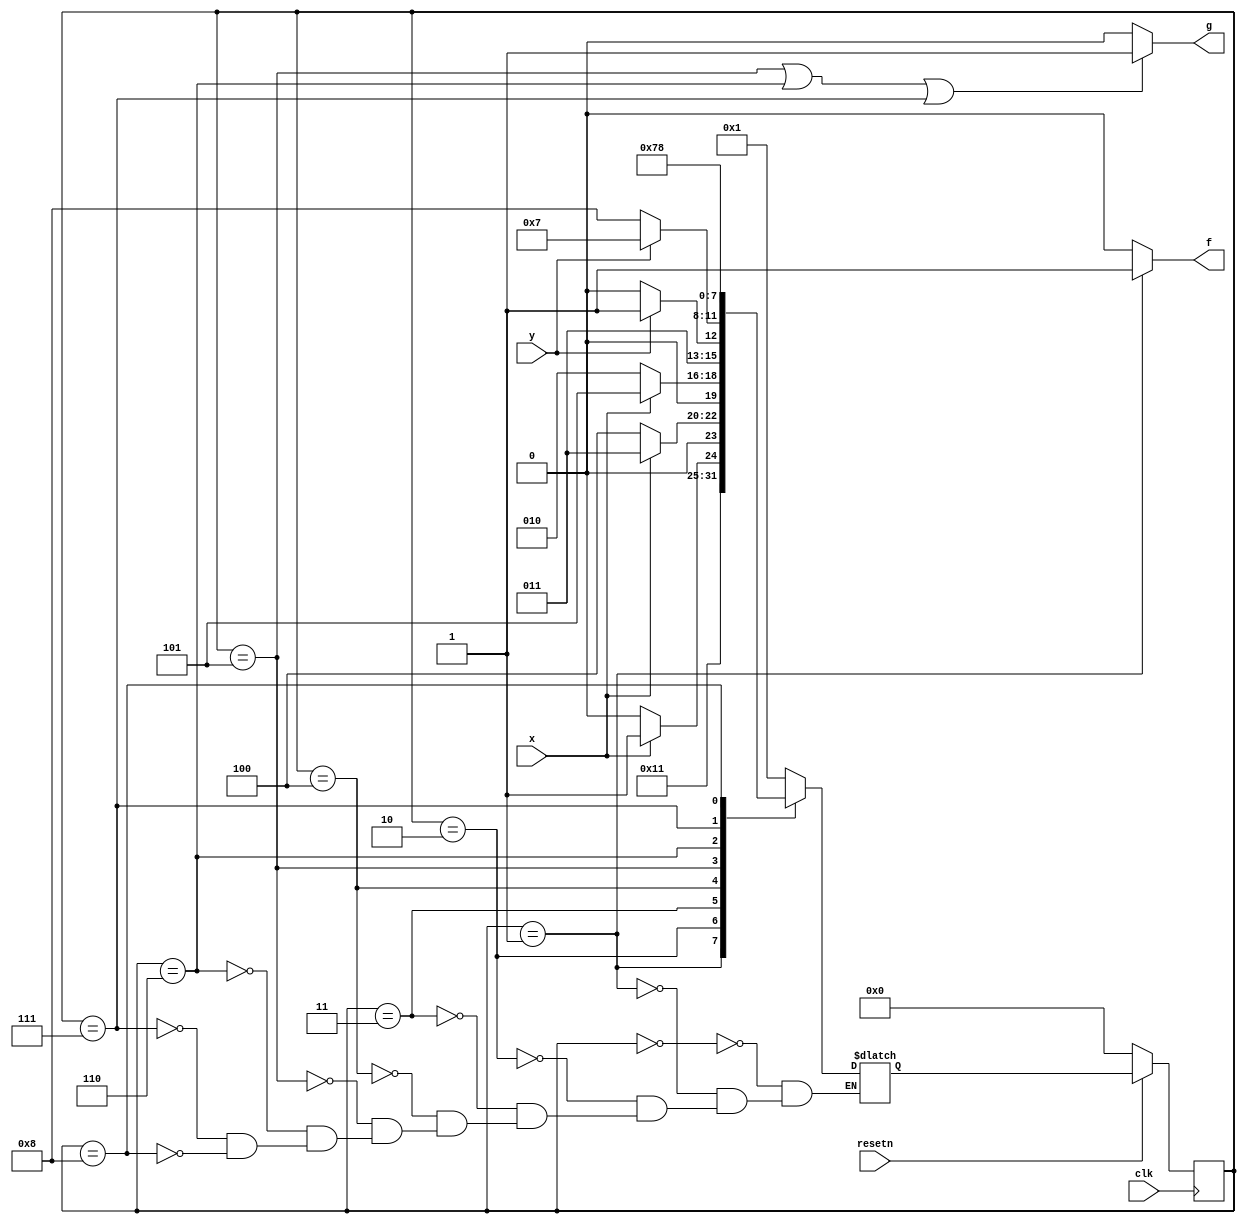
//Consider a finite state machine that is used to control some type of motor. 
//The FSM has inputs x and y, which come from the motor, and produces outputs f and g, which control the motor. 
//There is also a clock input called clk and a reset input called resetn.

//The FSM has to work as follows. As long as the reset input is asserted, the FSM stays in a beginning state, called state A.
//When the reset signal is de-asserted, then after the next clock edge the FSM has to set the output f to 1 for one clock cycle. 
//Then, the FSM has to monitor the x input. When x has produced the values 1, 0, 1 in three successive clock cycles, 
//then g should be set to 1 on the following clock cycle. 
//While maintaining g = 1 the FSM has to monitor the y input.
//If y has the value 1 within at most two clock cycles, then the FSM should maintain g = 1 permanently (that is, until reset).
//But if y does not become 1 within two clock cycles, then the FSM should set g = 0 permanently (until reset).

//(The original exam question asked for a state diagram only. But here, implement the FSM.)

//Hint...
//The FSM does not begin to monitor the x input until the cycle after f is 1.

module top_module (
    input clk,
    input resetn,    // active-low synchronous reset
    input x,
    input y,
    output f,
    output g
); 
    parameter NONE = 0, A = 1, B0 = 2, B1 = 3, B2 = 4, C1 = 5, C2 = 6, D1 = 7, D2 = 8;

    reg [3:0] state, next_state;

    always @(*) begin
        case (state)
            NONE: begin
                next_state = A;
            end
            A: begin
                next_state = B0;
            end
            B0: begin
                next_state = x ? B1: B0;
            end
            B1: begin //x = 0b1
                next_state = x ? B1: B2;
            end
            B2: begin //x = 0b10
                next_state = x ? C1: B0;
            end
            C1: begin //x = 0b101
                next_state = y ? D1 : C2;
            end
            C2: begin //y = 0b0
                next_state = y ? D1 : D2;
            end
            D1: begin //y = 0b1 or 0b01
                next_state = D1;
            end
            D2: begin //y = 0b00
                next_state = D2;
            end
        endcase
    end

    always @(posedge clk) begin
        if (resetn == 0) begin
            state <= NONE;
        end
        else begin
            state <= next_state;
        end
    end

    assign f = (state == A) ? 1 : 0;
    assign g = (state == C1 || state == C2 || state == D1) ? 1 : 0;

endmodule